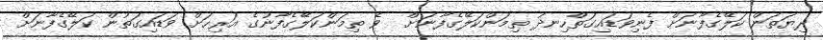
ދިޔަތަން ކަލޭގެފާނަށް ފެނިވަޑައިގަތްހިނދު ތިމަންކަލޭގެފާނަށް  ވެ ތިމަންކަލޭގެފާނުގެ އަރިހަށް ވަޑައިގަތުން ކަލޭގެފާނަށް